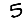
Digit: 5